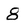
Character: 8